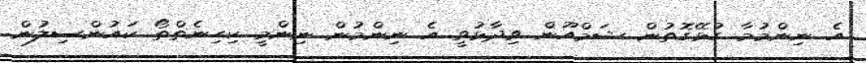
އެ ނިންމުމާ ގުޅޭގޮތުން ޝަމްއޫން ވިދާޅުވީ އެ ނިންމުން ނިންމީ ކިހިނެތްތޯ ކައުންސިލުން